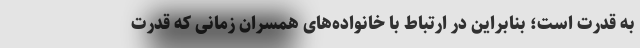
به قدرت است؛ بنابراین در ارتباط با خانواده‌های همسران زمانی که قدرت